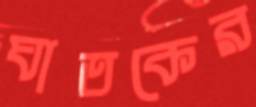
ঘাতকের